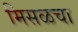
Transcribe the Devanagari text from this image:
मिसळचा